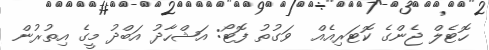
ހޮޓެލް ޖެންގެ ކޮޓަރިއެއް  ވަގުތު ފޮޓޯ: އަޝްހާދު އަބްދު މީގެ އިތުރުން